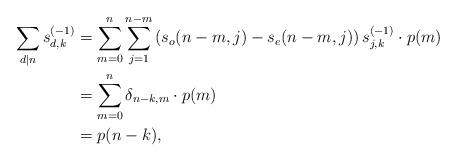
LaTeX: \begin{align*} \sum_{d|n} s_{d,k}^{(-1)} & = \sum_{m=0}^n \sum_{j=1}^{n-m} \left( s_o(n-m, j) - s_e(n-m, j)\right) s_{j,k}^{(-1)} \cdot p(m) \\ & = \sum_{m=0}^n \delta_{n-k,m} \cdot p(m) \\ & = p(n-k), \end{align*}